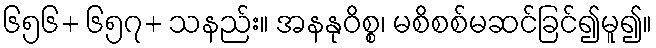
၆၅၆+ ၆၅၇+ သနည်း။ အနနုဝိစ္စ၊ မစိစစ်မဆင်ခြင်၍မူ၍။